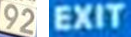
92 EXIT